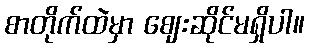
စာတိုက်ထဲမှာ ဈေးဆိုင်မရှိပါ။